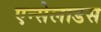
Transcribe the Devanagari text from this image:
एन्सेलाडस